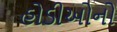
હોડીઓનો